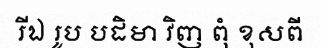
រីឯ រូប បដិមា វិញ ពុំ ខុសពី